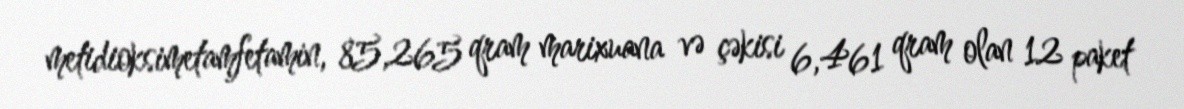
metidioksimetamfetamin, 85,265 qram marixuana və çəkisi 6,461 qram olan 12 paket